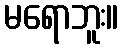
မရောဘူး။